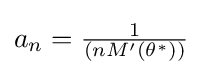
{\textstyle a_{n}={\frac {1}{(nM'(\theta ^{*}))}}}